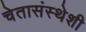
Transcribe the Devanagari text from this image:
चेतासंस्थेशी